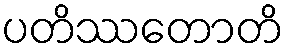
ပတိဿတောတိ